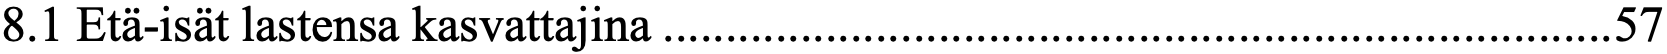
8.1 Etä-isät lastensa kasvattajina ............................................................................ 57